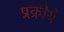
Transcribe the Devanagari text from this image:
प्रक्रीये